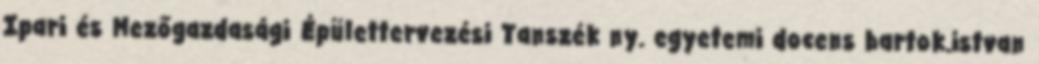
Ipari és Mezőgazdasági Épülettervezési Tanszék ny. egyetemi docens bartok.istvan